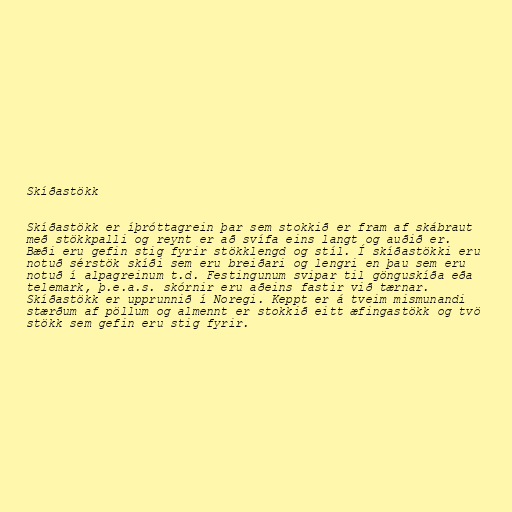
Skíðastökk

Skíðastökk er íþróttagrein þar sem stokkið er fram af skábraut
með stökkpalli og reynt er að svífa eins langt og auðið er.
Bæði eru gefin stig fyrir stökklengd og stíl. Í skíðastökki eru
notuð sérstök skíði sem eru breiðari og lengri en þau sem eru
notuð í alpagreinum t.d. Festingunum svipar til gönguskíða eða
telemark, þ.e.a.s. skórnir eru aðeins fastir við tærnar.
Skíðastökk er upprunnið í Noregi. Keppt er á tveim mismunandi
stærðum af pöllum og almennt er stokkið eitt æfingastökk og tvö
stökk sem gefin eru stig fyrir.